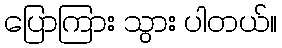
ပြောကြား သွား ပါတယ်။